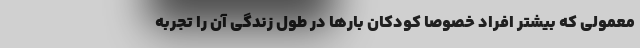
معمولی که بیشتر افراد خصوصا کودکان بارها در طول زندگی آن را تجربه